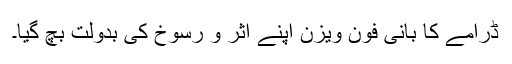
ڈرامے کا بانی فون ویزن اپنے اثر و رسوخ کی بدولت بچ گیا۔